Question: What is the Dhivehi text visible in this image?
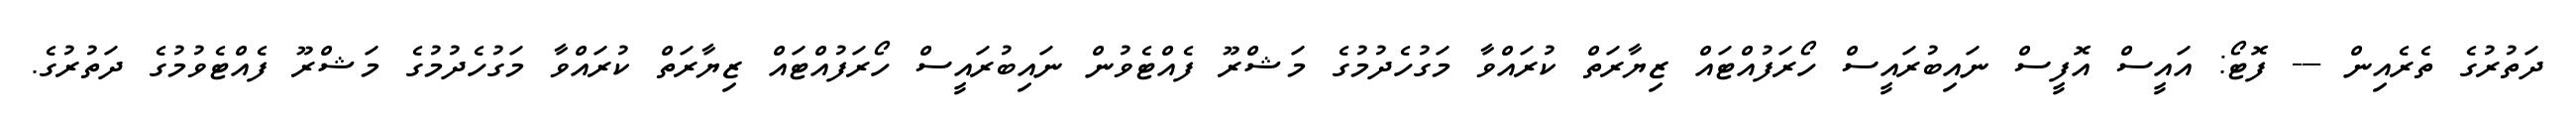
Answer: ދަތުރުގެ ތެރެއިން --- ފޮޓޯ: އައީސް އޮފީސް ނައިބުރައީސް ހޯރަފުއްޓައް ޒިޔާރަތް ކުރައްވާ މަގުހެދުމުގެ މަޝްރޫ ފެއްޓެވުން ނައިބުރައީސް ހޯރަފުއްޓައް ޒިޔާރަތް ކުރައްވާ މަގުހެދުމުގެ މަޝްރޫ ފެއްޓެވުމުގެ ދަތުރުގެ.